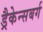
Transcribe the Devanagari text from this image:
ड्रैकेन्सबर्ग